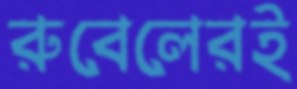
রুবেলেরই